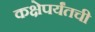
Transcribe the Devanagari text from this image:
कक्षेपर्यंतची